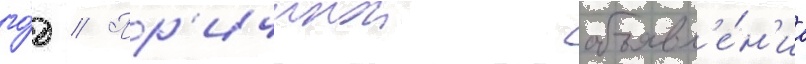
го́д // Пр'ичинои объявл'е́н'иа